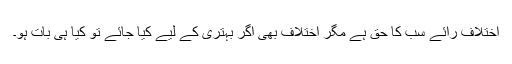
اختلاف رائے سب کا حق ہے مگر اختلاف بھی اگر بہتری کے لیے کیا جائے تو کیا ہی بات ہو۔